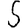
Digit: 5